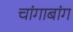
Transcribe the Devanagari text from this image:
चांगाबांग